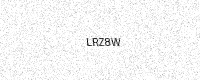
Text: LRZ8W